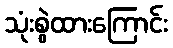
သုံးစွဲထားကြောင်း